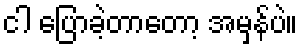
ငါ ပြောခဲ့တာတော့ အမှန်ပဲ။